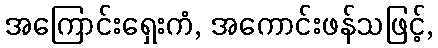
အကြောင်းရှေးကံ, အကောင်းဖန်သဖြင့်,